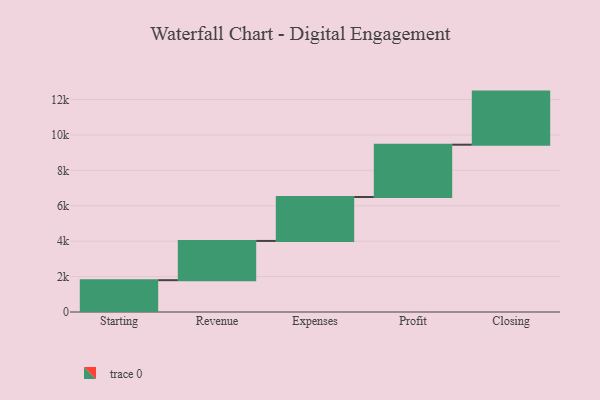
{"axis": {"x": "Step", "y": "Value"}, "legend": [""], "data": [{"x": "Starting", "y": 1798.0, "type": ""}, {"x": "Revenue", "y": 2217.0, "type": ""}, {"x": "Expenses", "y": 2482.0, "type": ""}, {"x": "Profit", "y": 2955.0, "type": ""}, {"x": "Closing", "y": 3000, "type": ""}]}